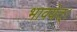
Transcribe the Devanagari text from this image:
भावयेत्‌।